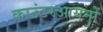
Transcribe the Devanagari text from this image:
काउंटरआयनों